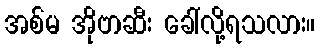
အစ်မ အိုဗာဆီး ခေါ်လို့ရသလား။